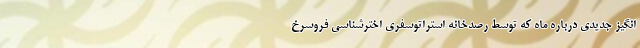
انگیز جدیدی درباره ماه که توسط رصدخانه استراتوسفری اخترشناسی فروسرخ